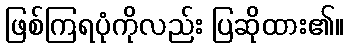
ဖြစ်ကြရပုံကိုလည်း ပြဆိုထား၏။